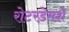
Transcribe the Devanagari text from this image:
रोटरडेमशे